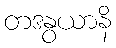
တဒနွယာနိ